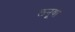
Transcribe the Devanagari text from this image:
लनूवा